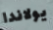
يولاندا